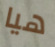
هيا